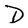
Character: D